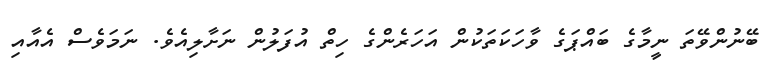
ބޭނުންވޭތަ ނީމާގެ ބައްޕަގެ ވާހަކަތަކުން އަހަރެންގެ ހިތް އުފަލުން ނަށާލިއެވެ. ނަމަވެސް އެއާއި